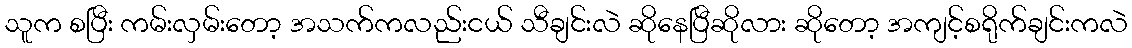
သူက စပြီး ကမ်းလှမ်းတော့ အသက်ကလည်းငယ် သီချင်းလဲ ဆိုနေပြီဆိုလား ဆိုတော့ အကျင့်စရိုက်ချင်းကလဲ